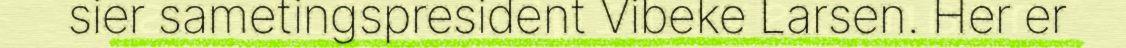
sier sametingspresident Vibeke Larsen. Her er